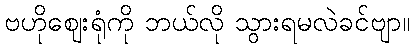
ဗဟိုဈေးရုံကို ဘယ်လို သွားရမလဲခင်ဗျာ။